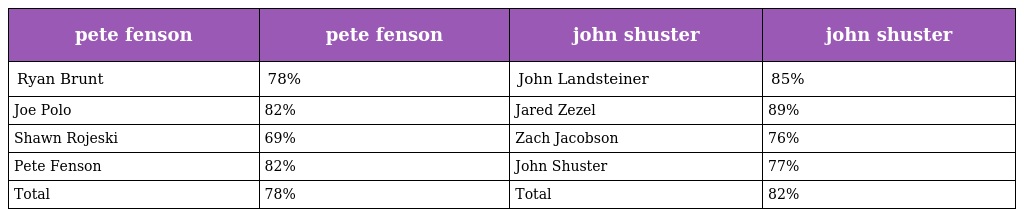
| pete fenson | pete fenson | john shuster | john shuster |
 | --- | --- | --- | --- |
 | Ryan Brunt | 78% | John Landsteiner | 85% |
 | Joe Polo | 82% | Jared Zezel | 89% |
 | Shawn Rojeski | 69% | Zach Jacobson | 76% |
 | Pete Fenson | 82% | John Shuster | 77% |
 | Total | 78% | Total | 82% |